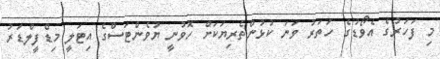
މި ފަހަރުގެ އެވޯޑުގެ ހަތަރު ވަނަ ކުޅުންތެރިޔަކަށް ހޮވުނީ ޔުވެންޓަސްގެ އިޓަލީ މިޑްފީލްޑަރު